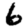
Digit: 6